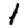
Digit: 1